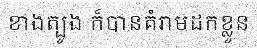
ខាងត្បូង ក៏បានគំរាមដកខ្លួន